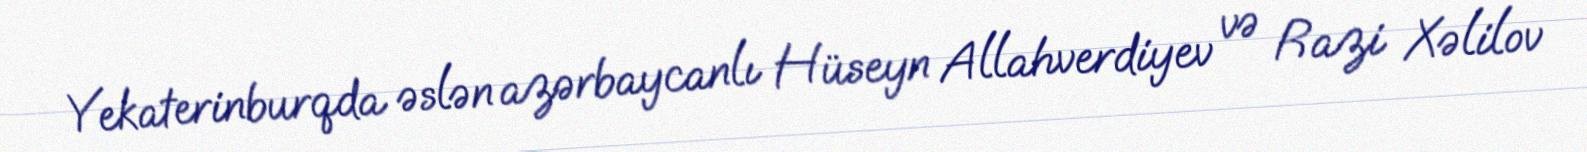
Yekaterinburqda əslən azərbaycanlı Hüseyn Allahverdiyev və Razi Xəlilov